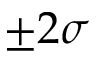
\pm 2 \sigma